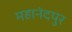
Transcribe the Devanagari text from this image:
महानंदपुर